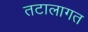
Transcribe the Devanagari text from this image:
तटालागत